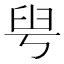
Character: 𦥚